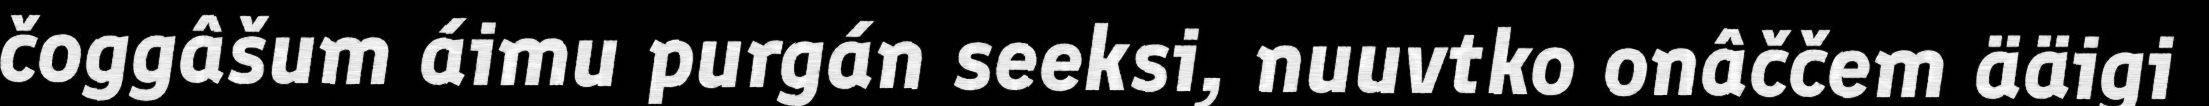
čoggâšum áimu purgán seeksi, nuuvtko onâččem ääigi